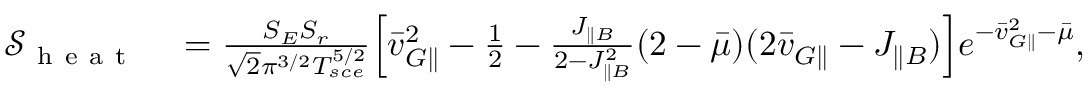
\begin{array} { r l } { \mathcal { S } _ { \mathrm { ~ h ~ e ~ a ~ t ~ } } } & { { } = \frac { S _ { E } S _ { r } } { \sqrt { 2 } \pi ^ { 3 / 2 } T _ { s c e } ^ { 5 / 2 } } \Big [ \bar { v } _ { G \parallel } ^ { 2 } - \frac { 1 } { 2 } - \frac { J _ { \parallel B } } { 2 - J _ { \parallel B } ^ { 2 } } ( 2 - \bar { \mu } ) ( 2 \bar { v } _ { G \parallel } - J _ { \parallel B } ) \Big ] e ^ { - \bar { v } _ { G \parallel } ^ { 2 } - \bar { \mu } } , } \end{array}